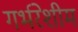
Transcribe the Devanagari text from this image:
गर्भरेशीम